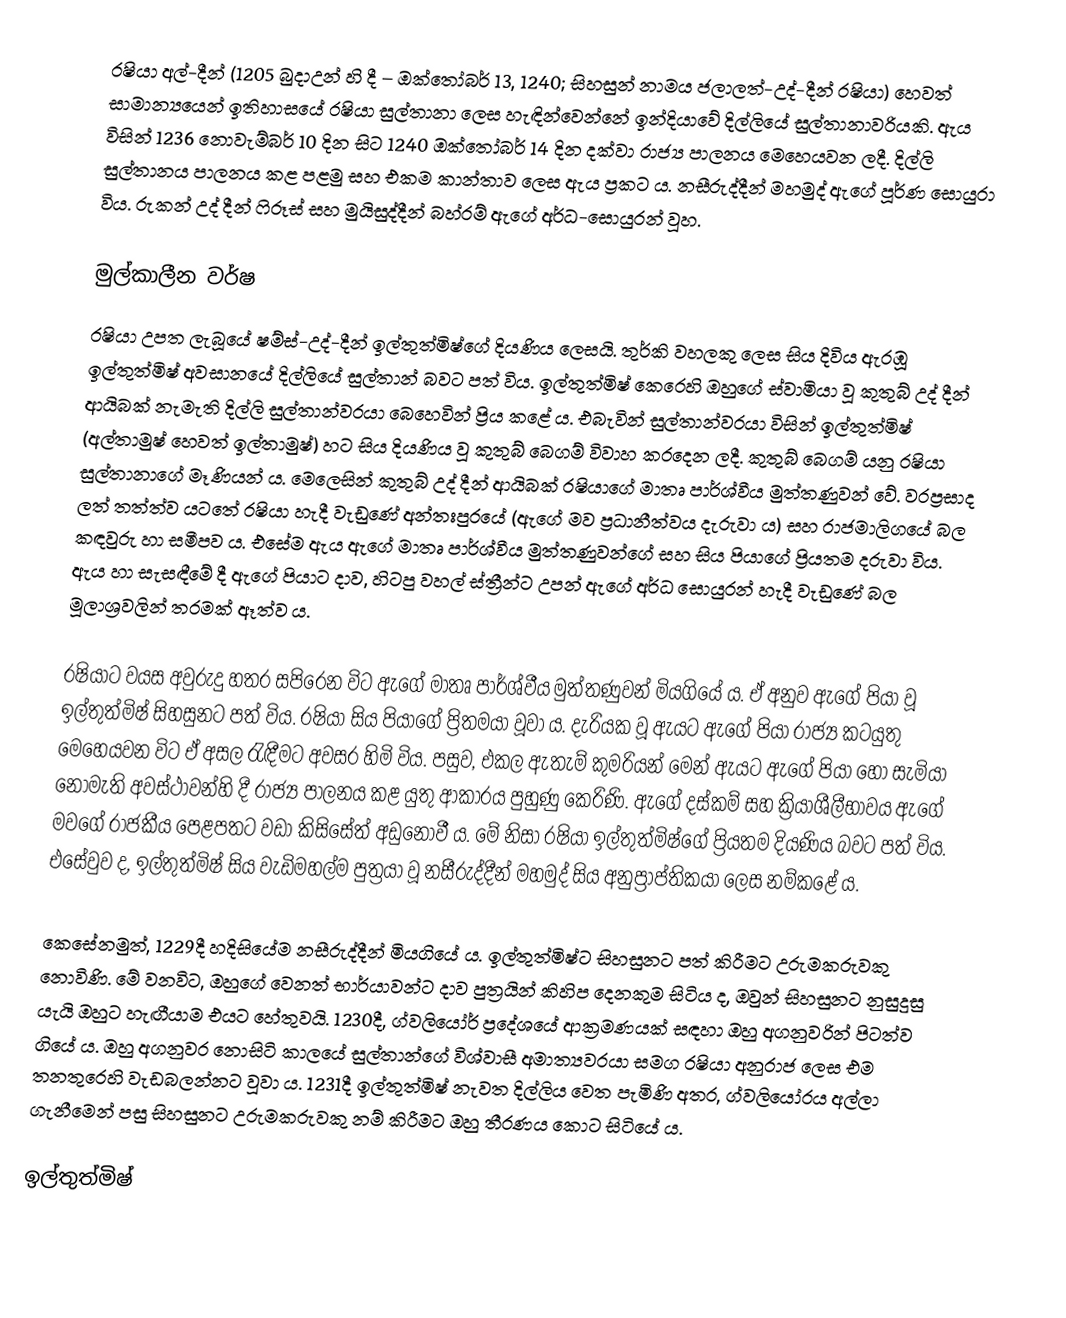
රෂියා අල්-දීන් (1205 බුදාඋන් හි දී – ඔක්තෝබර් 13, 1240; සිහසුන් නාමය ජලාලත්-උද්-දීන් රෂියා) හෙවත් සාමාන්‍යයෙන් ඉතිහාසයේ රෂියා සුල්තානා ලෙස හැඳින්වෙන්නේ ඉන්දියාවේ දිල්ලියේ සුල්තානාවරියකි. ඇය විසින් 1236 නොවැම්බර් 10 දින සිට 1240 ඔක්තෝබර් 14 දින දක්වා රාජ්‍ය පාලනය මෙහෙයවන ලදී. දිල්ලි සුල්තානය පාලනය කළ පළමු සහ එකම කාන්තාව‍‍ ලෙස ඇය ප්‍රකට ය. නසීරුද්දීන් මහමුද් ඇගේ පූර්ණ සොයුරා විය. රුකන් උද් දීන් ෆිරූස් සහ මුයිසුද්දීන් බහ්රම් ඇගේ අර්ධ-සොයුරන් වූහ.

මුල්කාලීන වර්ෂ
රෂියා උපත ලැබූයේ ෂම්ස්-උද්-දීන් ඉල්තුත්මිෂ්ගේ දියණිය ලෙසයි. තුර්කි වහලකු ලෙස සිය දිවිය ඇරඹූ ඉල්තුත්මිෂ් අවසානයේ දිල්ලියේ සුල්තාන් බවට පත් විය. ඉල්තුත්මිෂ් කෙරෙහි ඔහුගේ ස්වාමියා වූ කුතුබ් උද් දීන් ආයිබක් නැමැති දිල්ලි සුල්තාන්වරයා බෙහෙවින් ප්‍රිය කළේ ය. එබැවින් සුල්තාන්වරයා විසින් ඉල්තුත්මිෂ් (අල්තාමුෂ් හෙවත් ඉල්තාමුෂ්) හට සිය දියණිය වූ කුතුබ් බෙගම් විවාහ කරදෙන ලදී. කුතුබ් බෙගම් යනු රෂියා සුල්තානාගේ මෑණියන් ය. මෙලෙසින් කුතුබ් උද් දීන් ආයිබක් රෂියාගේ මාතෘ පාර්ශ්වීය මුත්තණුවන් වේ. වරප්‍රසාද ලත් තත්ත්ව යටතේ රෂියා හැදී වැඩුණේ අන්තඃපුරයේ (ඇගේ මව ප්‍රධානීත්වය දැරුවා ය) සහ රාජමාලිගයේ බල කඳවුරු හා සමීපව ය. එසේම ඇය ඇගේ මාතෘ පාර්ශ්වීය මුත්තණුවන්ගේ සහ සිය පියාගේ ප්‍රියතම දරුවා විය. ඇය හා සැසඳීමේ දී ඇගේ පියාට දාව, හිටපු වහල් ස්ත්‍රීන්ට උපන් ඇගේ අර්ධ සොයුරන් හැදී වැඩුණේ බල මූලාශ්‍රවලින් තරමක් ඈත්ව ය.

රෂියාට වයස අවුරුදු හතර සපිරෙන විට ඇගේ මාතෘ පාර්ශ්වීය මුත්තණුවන් මියගියේ ය. ඒ අනුව ඇගේ පියා වූ ඉල්තුත්මිෂ් සිහසුනට පත් විය. රෂියා සිය පියාගේ ප්‍රිතමයා වූවා ය. දැරියක වූ ඇයට ඇගේ පියා රාජ්‍ය කටයුතු මෙහෙයවන විට ඒ අසල රැඳීමට අවසර හිමි විය. පසුව, එකල ඇතැම් කුමරියන් මෙන් ඇයට ඇගේ පියා හෝ සැමියා නොමැති අවස්ථාවන්හි දී රාජ්‍ය පාලනය කළ යුතු ආකාරය පුහුණු කෙරිණි. ඇගේ දස්කම් සහ ක්‍රියාශීලීභාවය ඇගේ මවගේ රාජකීය පෙළපතට වඩා කිසිසේත් අඩුනොවී ය. මේ නිසා රෂියා ඉල්තුත්මිෂ්ගේ ප්‍රියතම දියණිය බවට පත් විය. එසේවුව ද, ඉල්තුත්මිෂ් සිය වැඩිමහල්ම පුත්‍රයා වූ නසීරුද්දීන් මහමුද් සිය අනුප්‍රාප්තිකයා ලෙස නම්කළේ ය‍.

කෙසේනමුත්, 1229දී හදිසියේම නසීරුද්දීන් මියගියේ ය. ඉල්තුත්මිෂ්ට සිහසුනට පත් කිරීමට උරුමකරුවකු නොවිණි. මේ වනවිට, ඔහුගේ වෙනත් භාර්යාවන්ට දාව පුත්‍රයින් කිහිප දෙනකුම සිටිය ද, ඔවුන් සිහසුනට නුසුදුසු යැයි ඔහුට හැඟීයාම එයට හේතුවයි. 1230දී, ග්වලියෝර් ප්‍රදේශයේ ආක්‍රමණයක් සඳහා ඔහු අගනුවරින් පිටත්ව ගියේ ය. ඔහු අගනුවර නොසිටි කාලයේ සුල්තාන්ගේ විශ්වාසී අමාත්‍යවරයා සමග රෂියා අනුරාජ ලෙස එම තනතුරෙහි වැඩබලන්නට වූවා ය. 1231දී ඉල්තුත්මිෂ් නැවත දිල්ලිය වෙත පැමිණි අතර, ග්වලියෝරය අල්ලා ගැනීමෙන් පසු සිහසුනට උරුමකරුවකු නම් කිරීමට ඔහු තීරණය කොට සිටියේ ය.

ඉල්තුත්මිෂ්